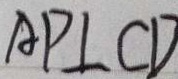
A P \bot C D